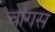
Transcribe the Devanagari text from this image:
चांगस